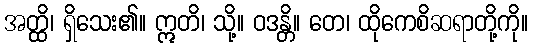
အတ္ထိ၊ ရှိသေး၏။ ဣတိ၊ သို့။ ဝဒန္တိ။ တေ၊ ထိုကေစိဆရာတို့ကို။